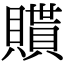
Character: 𧸊